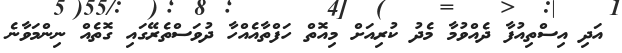
އަދި އިސްތިއުފާ ދެއްވުމާ މެދު ކުރިއަށް މިއޮތް ހަފްތާއެއްހާ ދުވަސްތެރޭގައި ގޮތެއް ނިންމަވާނެ